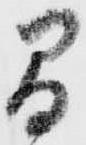
間